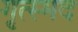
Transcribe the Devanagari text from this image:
गृत्स्मद